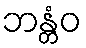
ဘန္တံဝ